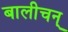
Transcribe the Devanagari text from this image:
बालीचन्